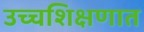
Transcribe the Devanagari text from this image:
उच्चशिक्षणात